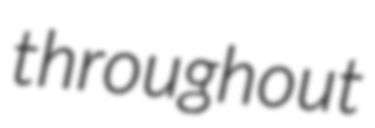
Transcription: throughout